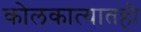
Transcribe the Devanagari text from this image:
कोलकात्यातही